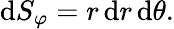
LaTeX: \mathrm{d}S_{\varphi}=r\, \mathrm{d}r\, \mathrm{d}\theta.